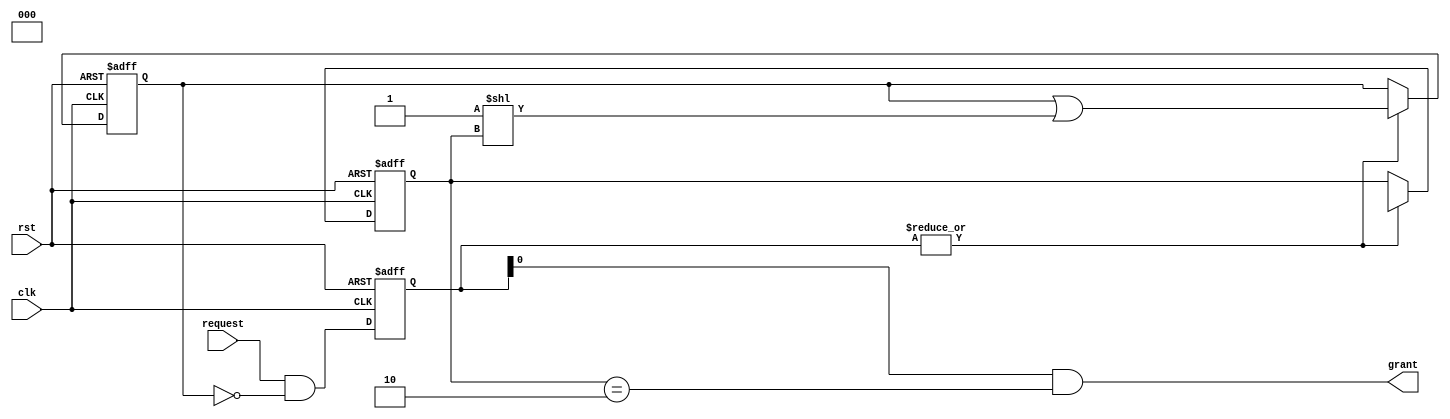
module RandomArbiter (
    input wire clk,
    input wire rst,
    input wire [N-1:0] request,
    output wire grant
);

parameter N = 4; // Number of sources

reg [N-1:0] request_reg;
reg [N-1:0] request_valid;
reg [N-1:0] request_priority;
reg [N-1:0] access_count;

always @(posedge clk or posedge rst) begin
    if (rst) begin
        request_reg <= 0;
        request_valid <= 0;
        request_priority <= 0;
        access_count <= 0;
    end else begin
        request_reg <= request;
        request_valid <= request & ~access_count;
        
        if (|request_valid) begin
            request_priority <= $random;
            access_count <= access_count | (1 << request_priority);
        end
    end
end

assign grant = request_valid & (request_priority == $clog2(N));

endmodule